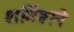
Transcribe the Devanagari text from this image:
शर्मिष्ठाने